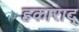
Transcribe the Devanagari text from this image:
हकाराद्